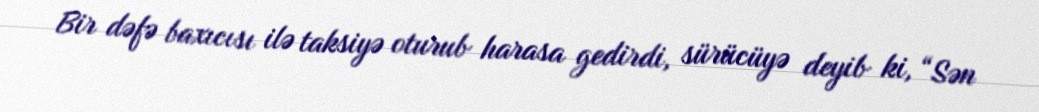
Bir dəfə baxıcısı ilə taksiyə oturub harasa gedirdi, sürücüyə deyib ki, “Sən